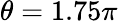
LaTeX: \theta=1.75\pi